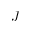
J